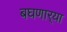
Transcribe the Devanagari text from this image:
बघणार्‍या